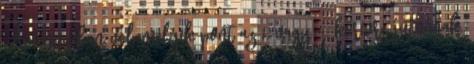
Amennyiben valamelyik pont az 1. vagy 4. körívre jutnának,